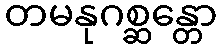
တမနုဂစ္ဆန္တော